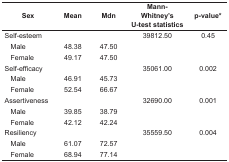
| <COLSPAN=2> Sex | Mean | Mdn | Mann-Whitney’s U-teststatistics | p-value* |
 | --- | --- | --- | --- | --- | --- |
 | <COLSPAN=2> Self-esteem |  |  | 39812.50 | 0.45 |
 | <ROWSPAN=2>  | Male | 48.38 | 47.50 | <ROWSPAN=2>  | <ROWSPAN=2>  |
 | Female | 49.17 | 47.50 |
 | <COLSPAN=2> Self-efficacy |  |  | 35061.00 | 0.002 |
 | <ROWSPAN=2>  | Male | 46.91 | 45.73 | <ROWSPAN=2>  | <ROWSPAN=2>  |
 | Female | 52.54 | 66.67 |
 | <COLSPAN=2> Assertiveness |  |  | 32690.00 | 0.001 |
 | <ROWSPAN=2>  | Male | 39.85 | 38.79 | <ROWSPAN=2>  | <ROWSPAN=2>  |
 | Female | 42.12 | 42.24 |
 | <COLSPAN=2> Resiliency |  |  | 35559.50 | 0.004 |
 | <ROWSPAN=2>  | Male | 61.07 | 72.57 | <ROWSPAN=2>  | <ROWSPAN=2>  |
 | Female | 68.94 | 77.14 |